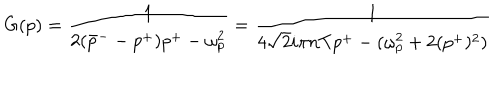
G ( p ) = \frac { 1 } { 2 ( \bar { p } ^ { - } - p ^ { + } ) p ^ { + } - \omega _ { p } ^ { 2 } } = \frac { 1 } { 4 \sqrt { 2 } i \pi n T p ^ { + } - ( \omega _ { p } ^ { 2 } + 2 ( p ^ { + } ) ^ { 2 } ) }